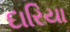
દારિયા